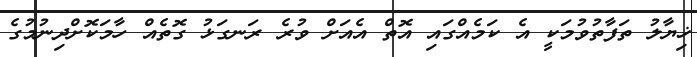
ޚިޔާލު ތަފާތުވުމަކީ އެ ކަމެއްގައި އޮތް އެއަށް ވުރެ ރަނގަޅު ގޮތެއް ހާމަކޮށްދިނުމުގެ